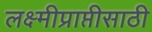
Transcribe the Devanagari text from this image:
लक्ष्मीप्राप्तीसाठी